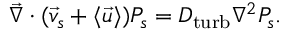
\vec { \nabla } \cdot ( \vec { v } _ { s } + \langle \vec { u } \rangle ) P _ { s } = D _ { \mathrm { t u r b } } \nabla ^ { 2 } P _ { s } .